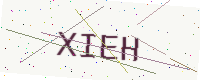
Text: XIEH